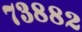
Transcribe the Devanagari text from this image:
७३८८२